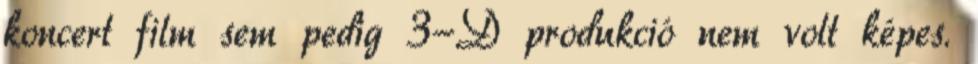
koncert film sem pedig 3-D produkció nem volt képes.